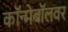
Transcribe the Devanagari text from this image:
कॉन्मेबॉलवर